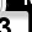
Digit: 3